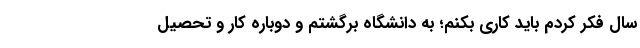
سال فکر کردم باید کاری بکنم؛ به دانشگاه برگشتم و دوباره کار و تحصیل